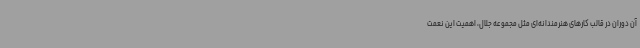
آن دوران در قالب کارهای هنرمندانه‌ای مثل مجموعه جلال، اهمیت این نعمت